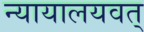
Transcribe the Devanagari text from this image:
न्यायालयवत्